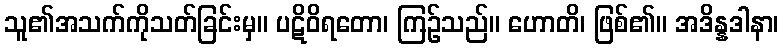
သူ၏အသက်ကိုသတ်ခြင်းမှ။ ပဋိဝိရတော၊ ကြဉ်သည်။ ဟောတိ၊ ဖြစ်၏။ အဒိန္နဒါနာ၊